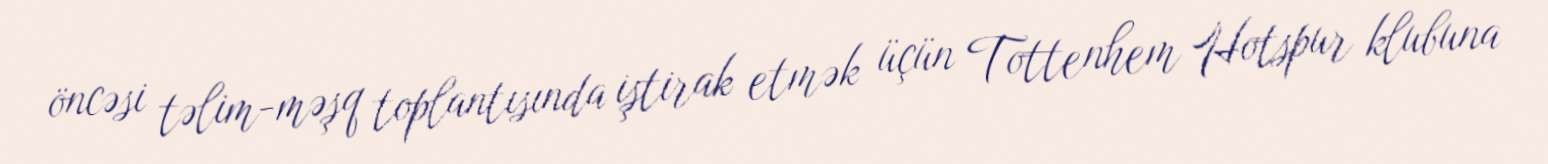
öncəsi təlim-məşq toplantısında iştirak etmək üçün Tottenhem Hotspur klubuna